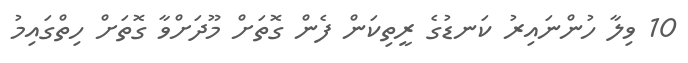
10 ވިލާ ހުންނައިރު ކަނޑުގެ ރީތިކަން ފެން ގޮތަށް މޫދަށްވާ ގޮތަށް ހިތްގައިމު